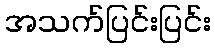
အသက်ပြင်းပြင်း